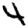
Digit: 4